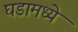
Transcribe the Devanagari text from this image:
घडामध्ये